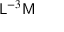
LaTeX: { \mathsf { L } } ^ { - 3 } { \mathsf { M } }